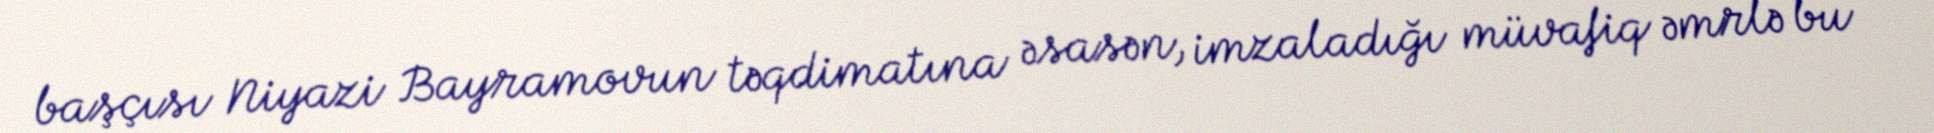
başçısı Niyazi Bayramovun təqdimatına əsasən, imzaladığı müvafiq əmrlə bu